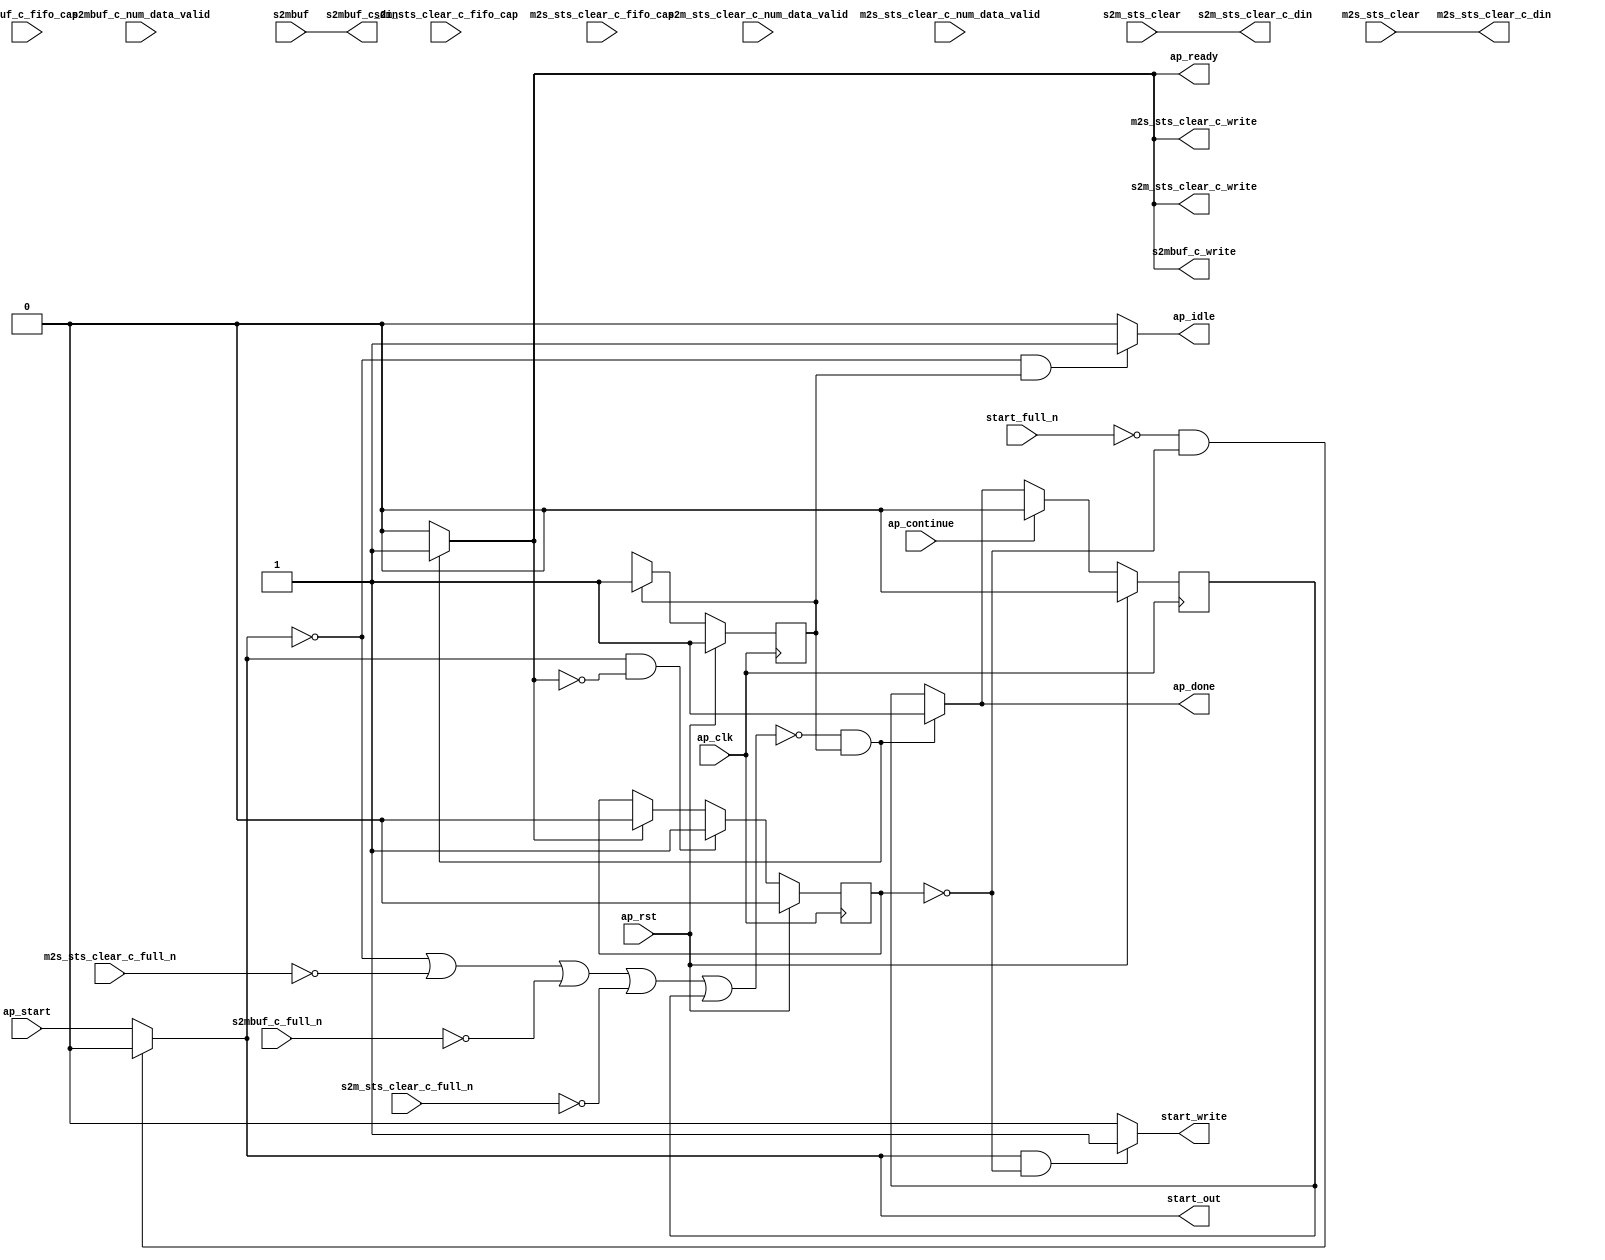
// ==============================================================
// RTL generated by Vitis HLS - High-Level Synthesis from C, C++ and OpenCL v2022.1 (64-bit)
// Version: 2022.1
// Copyright (C) Copyright 1986-2022 Xilinx, Inc. All Rights Reserved.
// 
// ===========================================================

`timescale 1 ns / 1 ps 

module userdma_entry_proc (
        ap_clk,
        ap_rst,
        ap_start,
        start_full_n,
        ap_done,
        ap_continue,
        ap_idle,
        ap_ready,
        start_out,
        start_write,
        s2m_sts_clear,
        s2m_sts_clear_c_din,
        s2m_sts_clear_c_num_data_valid,
        s2m_sts_clear_c_fifo_cap,
        s2m_sts_clear_c_full_n,
        s2m_sts_clear_c_write,
        s2mbuf,
        s2mbuf_c_din,
        s2mbuf_c_num_data_valid,
        s2mbuf_c_fifo_cap,
        s2mbuf_c_full_n,
        s2mbuf_c_write,
        m2s_sts_clear,
        m2s_sts_clear_c_din,
        m2s_sts_clear_c_num_data_valid,
        m2s_sts_clear_c_fifo_cap,
        m2s_sts_clear_c_full_n,
        m2s_sts_clear_c_write
);

parameter    ap_ST_fsm_state1 = 1'd1;

input   ap_clk;
input   ap_rst;
input   ap_start;
input   start_full_n;
output   ap_done;
input   ap_continue;
output   ap_idle;
output   ap_ready;
output   start_out;
output   start_write;
input  [0:0] s2m_sts_clear;
output  [0:0] s2m_sts_clear_c_din;
input  [2:0] s2m_sts_clear_c_num_data_valid;
input  [2:0] s2m_sts_clear_c_fifo_cap;
input   s2m_sts_clear_c_full_n;
output   s2m_sts_clear_c_write;
input  [63:0] s2mbuf;
output  [63:0] s2mbuf_c_din;
input  [2:0] s2mbuf_c_num_data_valid;
input  [2:0] s2mbuf_c_fifo_cap;
input   s2mbuf_c_full_n;
output   s2mbuf_c_write;
input  [0:0] m2s_sts_clear;
output  [0:0] m2s_sts_clear_c_din;
input  [2:0] m2s_sts_clear_c_num_data_valid;
input  [2:0] m2s_sts_clear_c_fifo_cap;
input   m2s_sts_clear_c_full_n;
output   m2s_sts_clear_c_write;

reg ap_done;
reg ap_idle;
reg start_write;
reg s2m_sts_clear_c_write;
reg s2mbuf_c_write;
reg m2s_sts_clear_c_write;

reg    real_start;
reg    start_once_reg;
reg    ap_done_reg;
(* fsm_encoding = "none" *) reg   [0:0] ap_CS_fsm;
wire    ap_CS_fsm_state1;
reg    internal_ap_ready;
reg    s2m_sts_clear_c_blk_n;
reg    s2mbuf_c_blk_n;
reg    m2s_sts_clear_c_blk_n;
reg    ap_block_state1;
reg   [0:0] ap_NS_fsm;
reg    ap_ST_fsm_state1_blk;
wire    ap_ce_reg;

// power-on initialization
initial begin
#0 start_once_reg = 1'b0;
#0 ap_done_reg = 1'b0;
#0 ap_CS_fsm = 1'd1;
end

always @ (posedge ap_clk) begin
    if (ap_rst == 1'b1) begin
        ap_CS_fsm <= ap_ST_fsm_state1;
    end else begin
        ap_CS_fsm <= ap_NS_fsm;
    end
end

always @ (posedge ap_clk) begin
    if (ap_rst == 1'b1) begin
        ap_done_reg <= 1'b0;
    end else begin
        if ((ap_continue == 1'b1)) begin
            ap_done_reg <= 1'b0;
        end else if ((~((real_start == 1'b0) | (m2s_sts_clear_c_full_n == 1'b0) | (s2mbuf_c_full_n == 1'b0) | (s2m_sts_clear_c_full_n == 1'b0) | (ap_done_reg == 1'b1)) & (1'b1 == ap_CS_fsm_state1))) begin
            ap_done_reg <= 1'b1;
        end
    end
end

always @ (posedge ap_clk) begin
    if (ap_rst == 1'b1) begin
        start_once_reg <= 1'b0;
    end else begin
        if (((real_start == 1'b1) & (internal_ap_ready == 1'b0))) begin
            start_once_reg <= 1'b1;
        end else if ((internal_ap_ready == 1'b1)) begin
            start_once_reg <= 1'b0;
        end
    end
end

always @ (*) begin
    if (((real_start == 1'b0) | (m2s_sts_clear_c_full_n == 1'b0) | (s2mbuf_c_full_n == 1'b0) | (s2m_sts_clear_c_full_n == 1'b0) | (ap_done_reg == 1'b1))) begin
        ap_ST_fsm_state1_blk = 1'b1;
    end else begin
        ap_ST_fsm_state1_blk = 1'b0;
    end
end

always @ (*) begin
    if ((~((real_start == 1'b0) | (m2s_sts_clear_c_full_n == 1'b0) | (s2mbuf_c_full_n == 1'b0) | (s2m_sts_clear_c_full_n == 1'b0) | (ap_done_reg == 1'b1)) & (1'b1 == ap_CS_fsm_state1))) begin
        ap_done = 1'b1;
    end else begin
        ap_done = ap_done_reg;
    end
end

always @ (*) begin
    if (((real_start == 1'b0) & (1'b1 == ap_CS_fsm_state1))) begin
        ap_idle = 1'b1;
    end else begin
        ap_idle = 1'b0;
    end
end

always @ (*) begin
    if ((~((real_start == 1'b0) | (m2s_sts_clear_c_full_n == 1'b0) | (s2mbuf_c_full_n == 1'b0) | (s2m_sts_clear_c_full_n == 1'b0) | (ap_done_reg == 1'b1)) & (1'b1 == ap_CS_fsm_state1))) begin
        internal_ap_ready = 1'b1;
    end else begin
        internal_ap_ready = 1'b0;
    end
end

always @ (*) begin
    if ((~((real_start == 1'b0) | (ap_done_reg == 1'b1)) & (1'b1 == ap_CS_fsm_state1))) begin
        m2s_sts_clear_c_blk_n = m2s_sts_clear_c_full_n;
    end else begin
        m2s_sts_clear_c_blk_n = 1'b1;
    end
end

always @ (*) begin
    if ((~((real_start == 1'b0) | (m2s_sts_clear_c_full_n == 1'b0) | (s2mbuf_c_full_n == 1'b0) | (s2m_sts_clear_c_full_n == 1'b0) | (ap_done_reg == 1'b1)) & (1'b1 == ap_CS_fsm_state1))) begin
        m2s_sts_clear_c_write = 1'b1;
    end else begin
        m2s_sts_clear_c_write = 1'b0;
    end
end

always @ (*) begin
    if (((start_full_n == 1'b0) & (start_once_reg == 1'b0))) begin
        real_start = 1'b0;
    end else begin
        real_start = ap_start;
    end
end

always @ (*) begin
    if ((~((real_start == 1'b0) | (ap_done_reg == 1'b1)) & (1'b1 == ap_CS_fsm_state1))) begin
        s2m_sts_clear_c_blk_n = s2m_sts_clear_c_full_n;
    end else begin
        s2m_sts_clear_c_blk_n = 1'b1;
    end
end

always @ (*) begin
    if ((~((real_start == 1'b0) | (m2s_sts_clear_c_full_n == 1'b0) | (s2mbuf_c_full_n == 1'b0) | (s2m_sts_clear_c_full_n == 1'b0) | (ap_done_reg == 1'b1)) & (1'b1 == ap_CS_fsm_state1))) begin
        s2m_sts_clear_c_write = 1'b1;
    end else begin
        s2m_sts_clear_c_write = 1'b0;
    end
end

always @ (*) begin
    if ((~((real_start == 1'b0) | (ap_done_reg == 1'b1)) & (1'b1 == ap_CS_fsm_state1))) begin
        s2mbuf_c_blk_n = s2mbuf_c_full_n;
    end else begin
        s2mbuf_c_blk_n = 1'b1;
    end
end

always @ (*) begin
    if ((~((real_start == 1'b0) | (m2s_sts_clear_c_full_n == 1'b0) | (s2mbuf_c_full_n == 1'b0) | (s2m_sts_clear_c_full_n == 1'b0) | (ap_done_reg == 1'b1)) & (1'b1 == ap_CS_fsm_state1))) begin
        s2mbuf_c_write = 1'b1;
    end else begin
        s2mbuf_c_write = 1'b0;
    end
end

always @ (*) begin
    if (((real_start == 1'b1) & (start_once_reg == 1'b0))) begin
        start_write = 1'b1;
    end else begin
        start_write = 1'b0;
    end
end

always @ (*) begin
    case (ap_CS_fsm)
        ap_ST_fsm_state1 : begin
            ap_NS_fsm = ap_ST_fsm_state1;
        end
        default : begin
            ap_NS_fsm = 'bx;
        end
    endcase
end

assign ap_CS_fsm_state1 = ap_CS_fsm[32'd0];

always @ (*) begin
    ap_block_state1 = ((real_start == 1'b0) | (m2s_sts_clear_c_full_n == 1'b0) | (s2mbuf_c_full_n == 1'b0) | (s2m_sts_clear_c_full_n == 1'b0) | (ap_done_reg == 1'b1));
end

assign ap_ready = internal_ap_ready;

assign m2s_sts_clear_c_din = m2s_sts_clear;

assign s2m_sts_clear_c_din = s2m_sts_clear;

assign s2mbuf_c_din = s2mbuf;

assign start_out = real_start;

endmodule //userdma_entry_proc